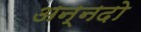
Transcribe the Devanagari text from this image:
अन्नदो